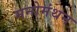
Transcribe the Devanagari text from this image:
मनोमंथन